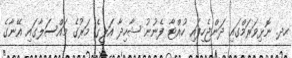
ހދ. ނޮޅިވަރަމްގައި ދަންޖެހިފައި ހުއްޓާ ފެނުނު ޝާހިދާ އަލީގެ މަރުގެ މައްސަލާގައި އޭނާގެ